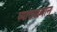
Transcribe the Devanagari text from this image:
व्याख्यायान